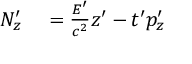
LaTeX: \begin{array} { r l } { N _ { z } ^ { \prime } } & { { } = { \frac { E ^ { \prime } } { c ^ { 2 } } } z ^ { \prime } - t ^ { \prime } p _ { z } ^ { \prime } } \end{array}